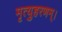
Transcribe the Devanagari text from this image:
मृत्युहरणम्‌।